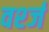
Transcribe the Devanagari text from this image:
वर्श्ज